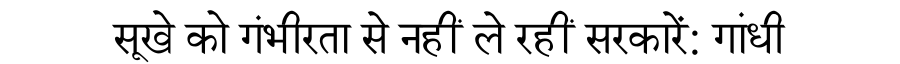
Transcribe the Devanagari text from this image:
सूखे को गंभीरता से नहीं ले रहीं सरकारें: गांधी